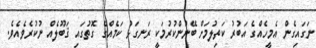
ނަގައިގެން އެމީހެއްގެ އަބުރު ކަތިލުމަށް ބޭނުންކުރުމަކީ ރަނގަޅު ކަމެއްގެ ގޮތުގައި ޤަބޫލެއް ނުކުރެވެއެވެ.